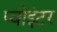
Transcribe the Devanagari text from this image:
प्वोइंटर